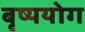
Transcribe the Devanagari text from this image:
बृष्ययोग